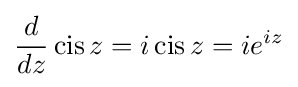
{\frac {d}{dz}}\operatorname {cis} z=i\operatorname {cis} z=ie^{iz}